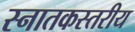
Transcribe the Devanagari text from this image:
स्नातकस्तरीय